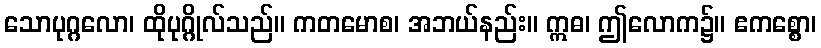
သောပုဂ္ဂလော၊ ထိုပုဂ္ဂိုလ်သည်။ ကတမောစ၊ အဘယ်နည်း။ ဣဓ၊ ဤလောက၌။ ဧကစ္စော၊